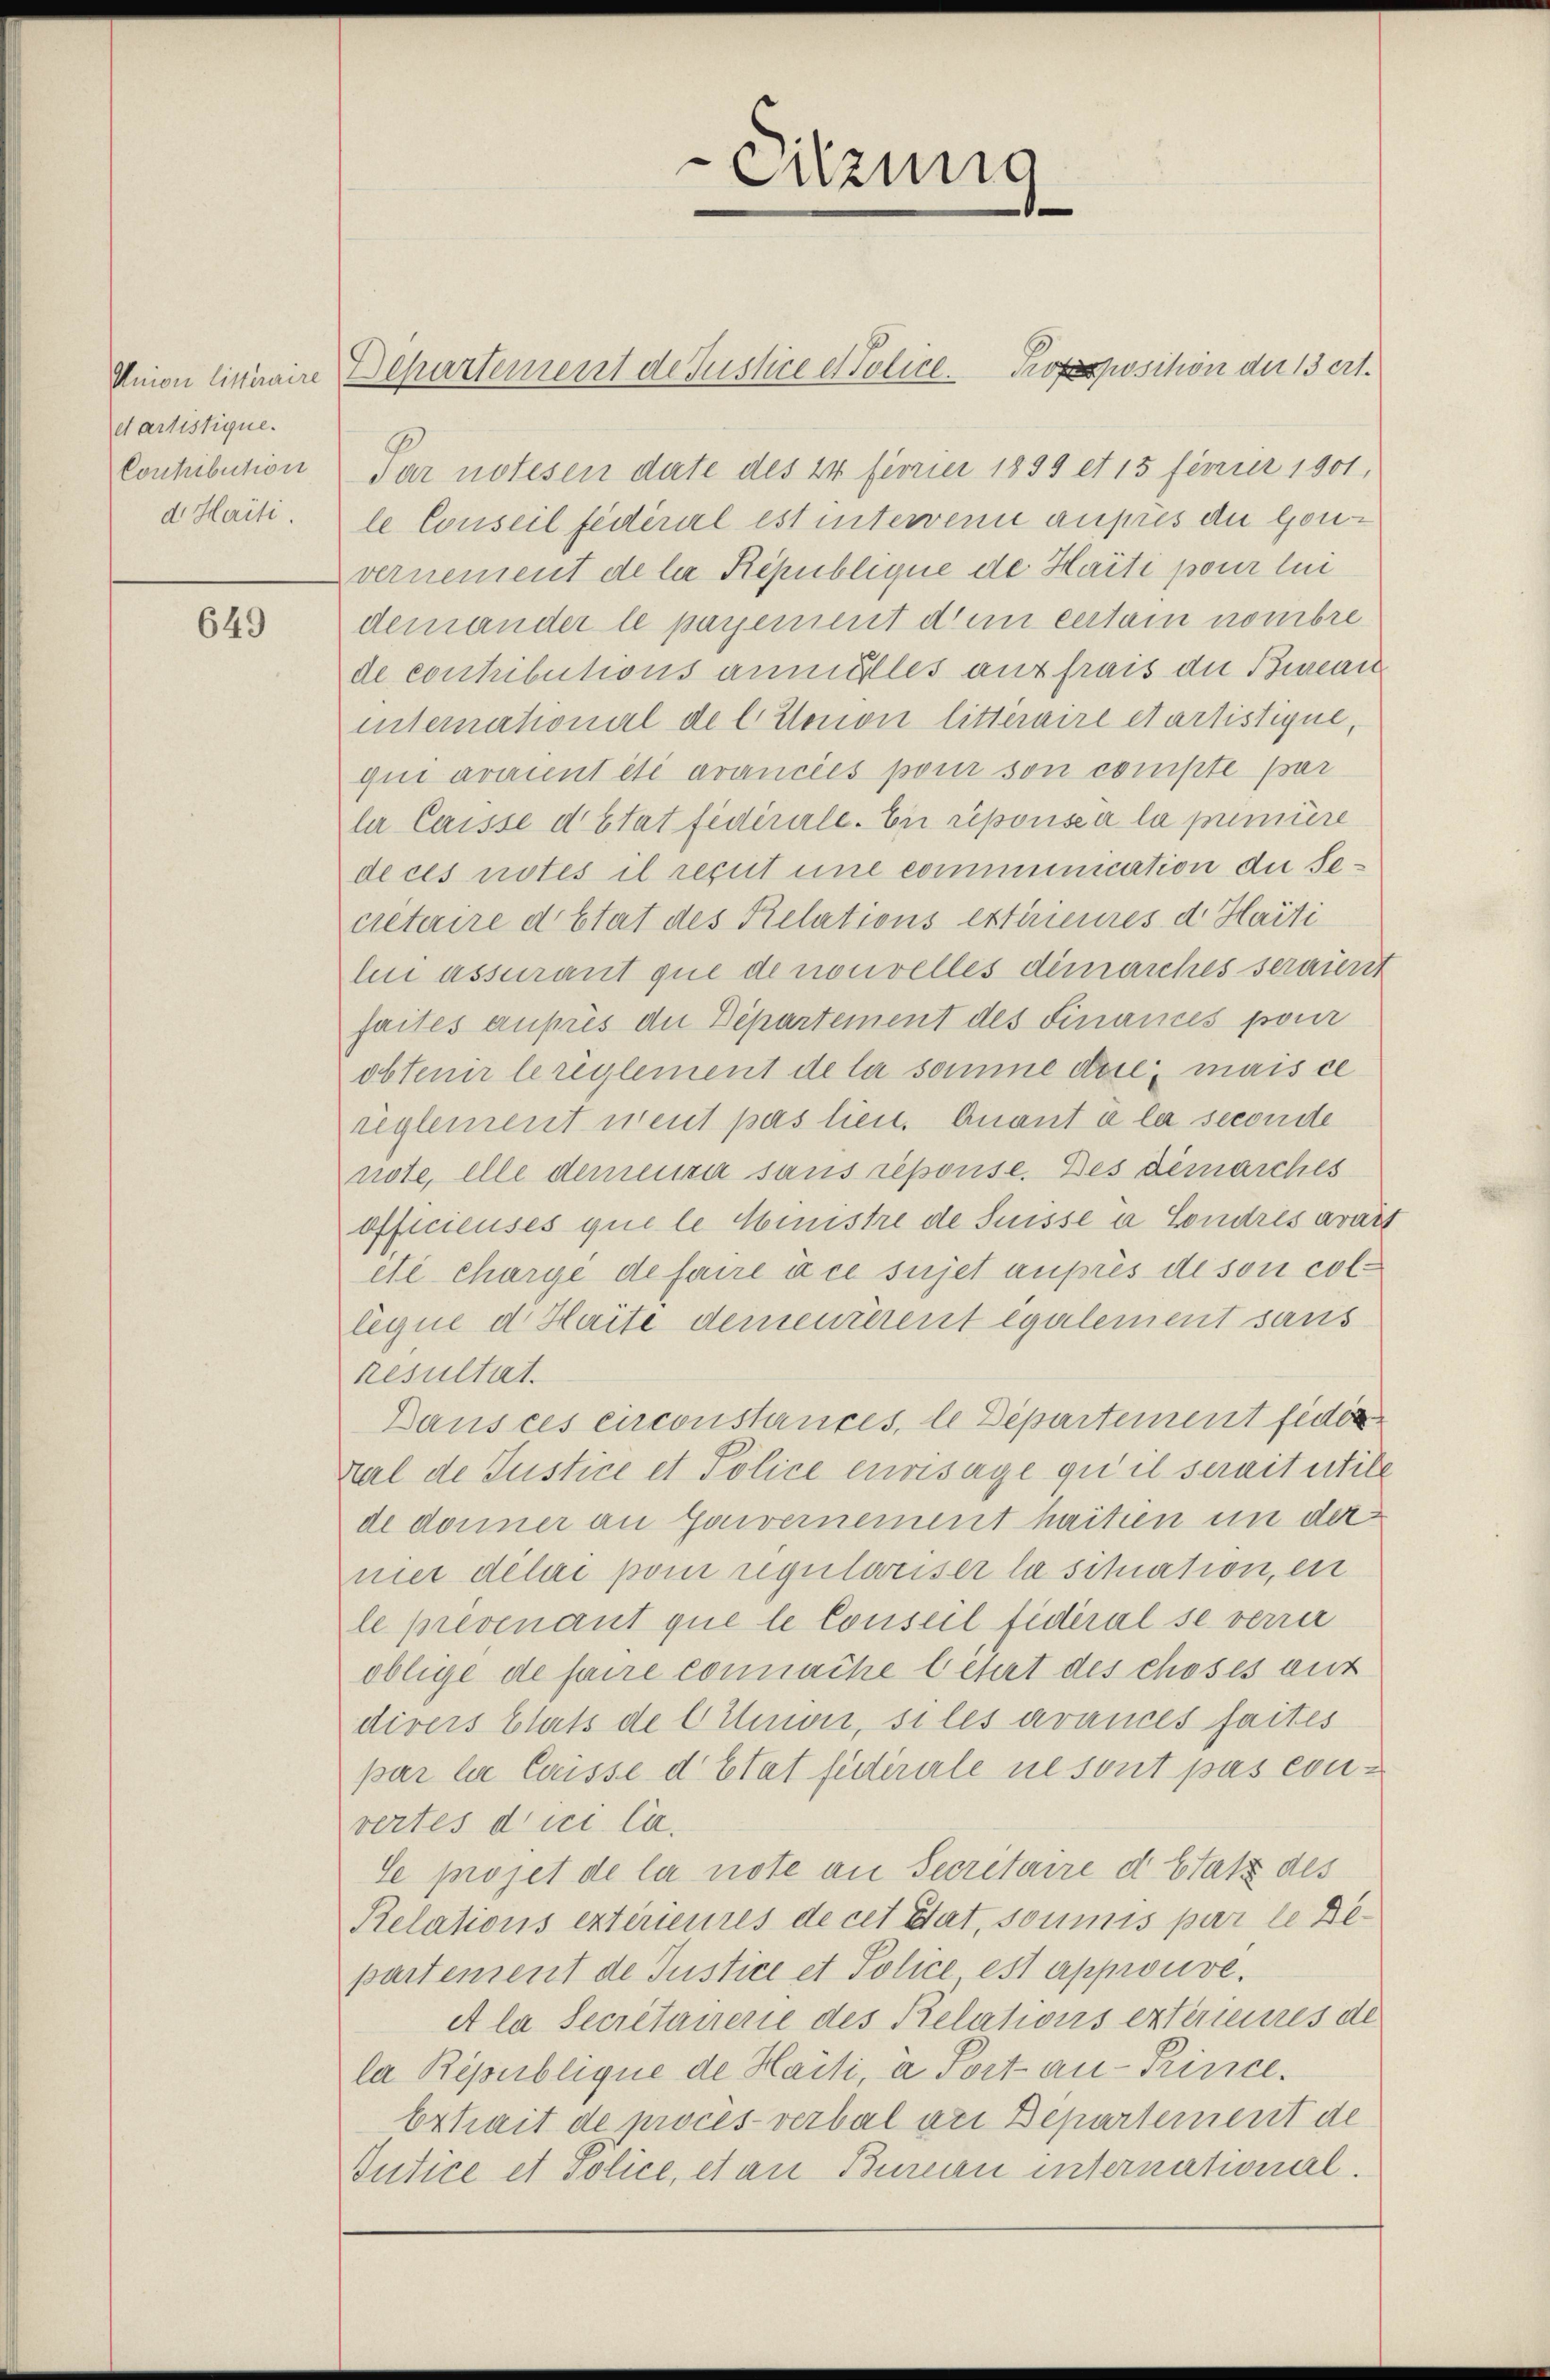
etartistique.

649

Sitzung
.

Union liciaire Departement de Justice et Police Proposition der 13 ert.
Conhibution Par notesen date des 24 feorier 1899 et 15 fenier 1901,
a Haiti. le Conseil fédéral est intervenn aufes du gonvernement de la République de Haiti pour lei
demander le payement dem certain nombre
de contibutions anmilles aus frais die Bureau
international de l. Stenon litteraire etartistique,
qui avrannt été avancées pour son compte par
ler laisse d’Etat fidérale. Eii réponscir la primiere
de ces notes il reçut une communication der Secietaire détat des Relations extérieures d. Haiti
lii assurant que de nouvelles dimarches seraient
faites aufs die Departement des Finances pour
obtenir le reglement de la somme dere mais ce
reglement neut pas lieu. Quant à la seconde
note, elle demeura sans reponse. Des demarches
officieuses que le Ministre de Suisse a Sondres avars
ete Chargé de faire à ce sujet auprès de son collegne d. Haite demeurerent également sans
resultat.
Dans ces circonstances, le Departement fider
ral de Justice et Police envisage qu’il serait utile
de donner an Gouvernement haitien in der
mer délai pom regulweiser la situation, en
le prévenant que le Conseil fideral se verrer
oblige de faire connache litert des choses auf
divers blats de l Union, si les avances faites
par la laisse d’Etat futirale ne sont pas convertes dici la
Se projet de la note an Secretaire d statt des
Relations extérieures de cet Stat, soumis par le Departement de Justice et Police est approuvé.
et la Secretairere des Relations extérieures de
la République de Haisi, à Port an-Prince.
Exhait de procès-verbal an Departement de
Iutice et Police, et an Bureau international.